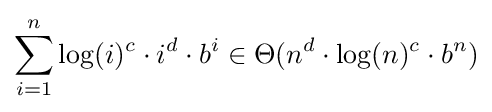
\sum _{i=1}^{n}\log(i)^{c}\cdot i^{d}\cdot b^{i}\in \Theta (n^{d}\cdot \log(n)^{c}\cdot b^{n})